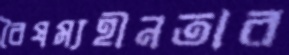
বৈষম্যহীনতার